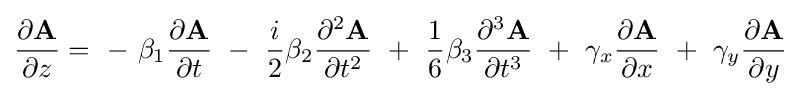
{\frac {\partial {\textbf {A}}}{\partial z}}=~-~\beta _{1}{\frac {\partial {\textbf {A}}}{\partial t}}~-~{\frac {i}{2}}\beta _{2}{\frac {\partial ^{2}{\textbf {A}}}{\partial t^{2}}}~+~{\frac {1}{6}}\beta _{3}{\frac {\partial ^{3}{\textbf {A}}}{\partial t^{3}}}~+~\gamma _{x}{\frac {\partial {\textbf {A}}}{\partial x}}~+~\gamma _{y}{\frac {\partial {\textbf {A}}}{\partial y}}